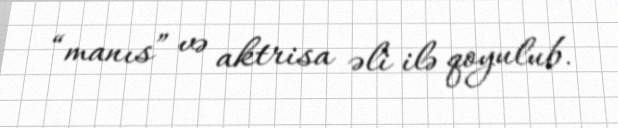
“manıs” və aktrisa əli ilə qoyulub.